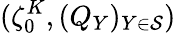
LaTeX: (\zeta_{0}^{K},(Q_{Y})_{Y\in\mathcal{S}})